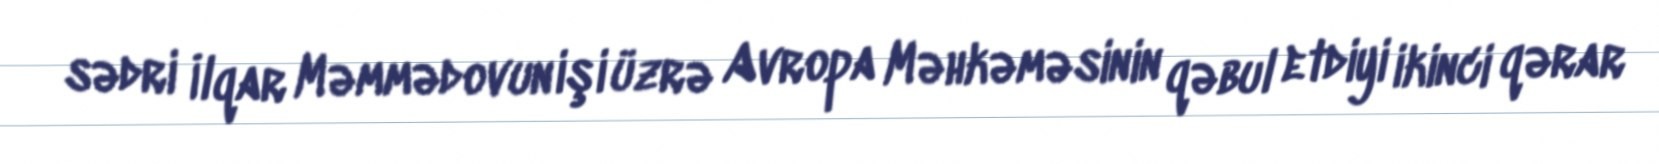
sədri İlqar Məmmədovun işi üzrə Avropa Məhkəməsinin qəbul etdiyi ikinci qərar